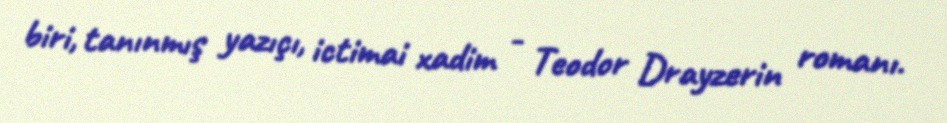
biri, tanınmış yazıçı, ictimai xadim - Teodor Drayzerin romanı.